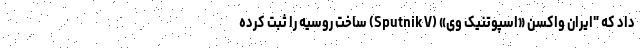
داد که "ایران واکسن «اسپوتنیک وی» (Sputnik V) ساخت روسیه را ثبت کرده